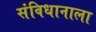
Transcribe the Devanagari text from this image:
संविधानाला